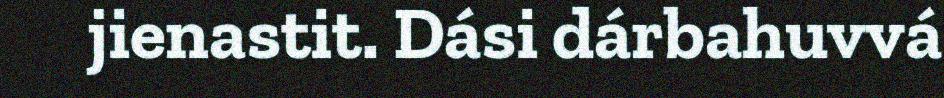
jienastit. Dási dárbahuvvá